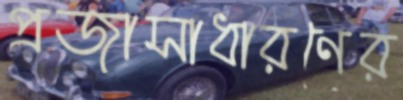
প্রজাসাধারণের